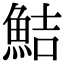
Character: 鮚